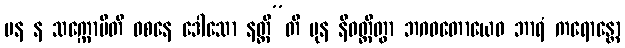
ပန န သက္ကောမီတိ ဝစနေ ဒေါသော နတ္ထီ”တိ ပုန နိဝတ္တိတွာ ဘဂဝတောယေဝ ဘာရံ ကရောန္တော